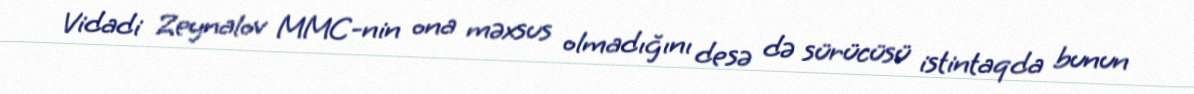
Vidadi Zeynalov MMC-nin ona məxsus olmadığını desə də sürücüsü istintaqda bunun